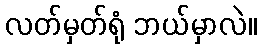
လတ်မှတ်ရုံ ဘယ်မှာလဲ။